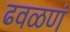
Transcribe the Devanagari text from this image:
ढवळणं